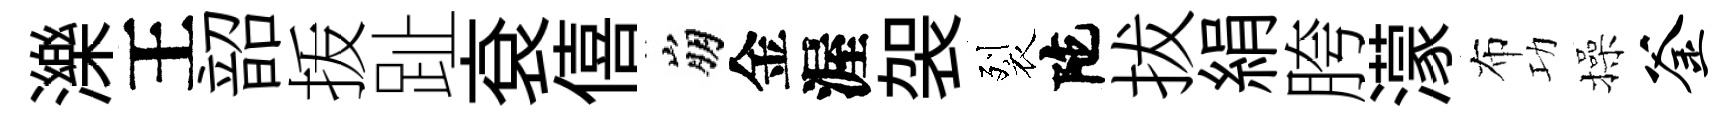
濼王韶㧞趾袞僖崩金渥袈裂陀拔絹胯濛布功操釜